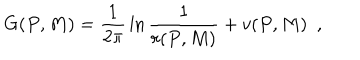
G ( P , M ) = { \frac { 1 } { 2 \pi } } \ln { \frac { 1 } { r ( P , M ) } } + v ( P , M ) ~ ~ ,